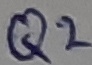
Text: Q2